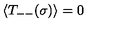
\: \langle T _ { -- } ( \sigma ) \rangle = 0 \: